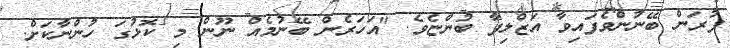
ފުރަން ބޭނުންވެފައިވާ އަޒްލިފާ ބުންޏެވެ. "އަހަރެން ބޭނުމެއް ނޫން މި ކޮޅުގަ ހުންނާކަށް.